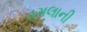
ડગલાની